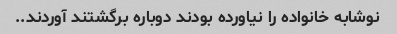
نوشابه خانواده را نیاورده بودند دوباره برگشتند آوردند..